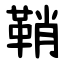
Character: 鞘